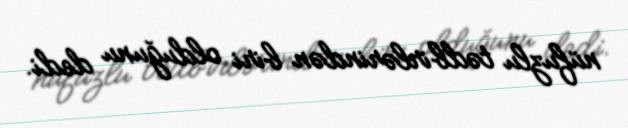
nüfuzlu tədbirlərindən biri olduğunu dedi.